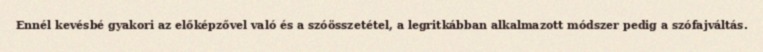
Ennél kevésbé gyakori az előképzővel való és a szóösszetétel, a legritkábban alkalmazott módszer pedig a szófajváltás.